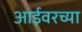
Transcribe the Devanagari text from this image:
आईवरच्या